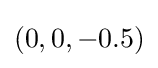
(0,0,-0.5)